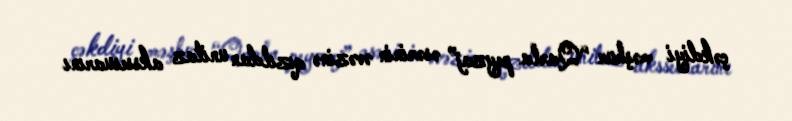
çəkdiyi məşhur “Qarla peyzaj” əsərinin əvəzinə qızıldan unitaz akssesuarını